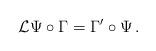
LaTeX: \begin{align*}{\mathcal L} \Psi\circ \Gamma=\Gamma'\circ \Psi\, .\end{align*}